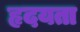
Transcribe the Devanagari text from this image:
हृदयता